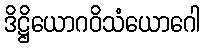
ဒိဋ္ဌိယောဂဝိသံယောဂေါ